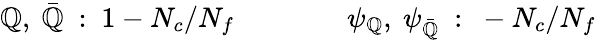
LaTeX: \mathbb{Q},~\bar{{\mathbb{Q}}}~:~1-N_{c}/N_{f}\qquad\qquad\psi_{\mathbb{Q}},~\psi_{\bar{{\mathbb{Q}}}}~:~-N_{c}/N_{f}